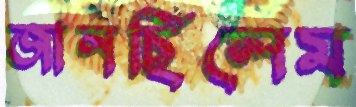
জানছিলেম